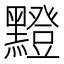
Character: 𪒘